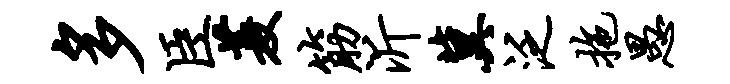
多臣菱筋沂冀泛拖愚